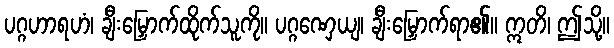
ပဂ္ဂဟာရဟံ၊ ချီးမြှောက်ထိုက်သူကို။ ပဂ္ဂဏှေယျ၊ ချီးမြှောက်ရာ၏။ ဣတိ၊ ဤသို့။